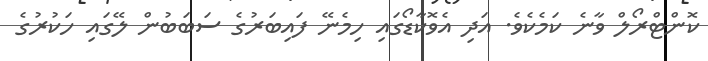
ކޮންޓްރޯލް ވާނެ ކަމެކެވެ. އަދި އެވޮކާޑޯގައި ހިމެނޭ ފައިބަރުގެ ސަބަބުން ލޭގައި ހަކުރުގެ